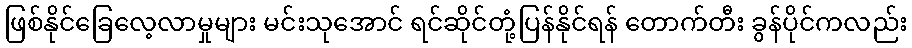
ဖြစ်နိုင်ခြေလေ့လာမှုများ မင်းသုအောင် ရင်ဆိုင်တုံ့ပြန်နိုင်ရန် တောက်တီး ခွန်ပိုင်ကလည်း